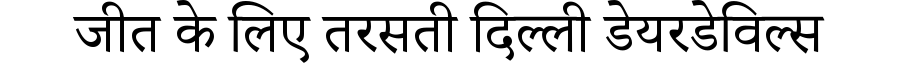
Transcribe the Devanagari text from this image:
जीत के लिए तरसती दिल्ली डेयरडेविल्स